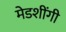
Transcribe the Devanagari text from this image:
मेडशींगी